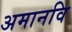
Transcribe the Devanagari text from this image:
अमानवि